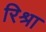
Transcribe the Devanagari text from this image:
रिश्रा